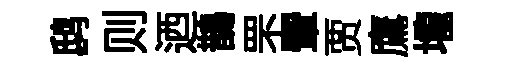
鸱则迺鵲罘翬贾鷹壠